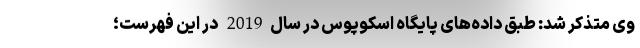
وی متذکر شد: طبق داده‌های پایگاه اسکوپوس در سال2019 در این فهرست؛